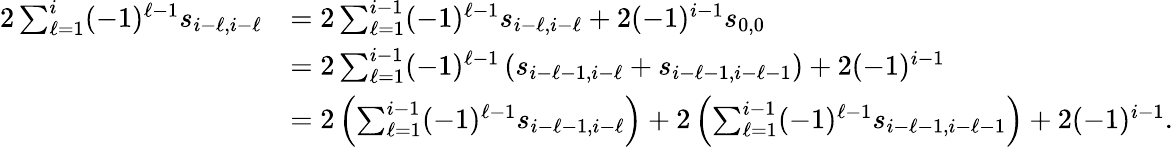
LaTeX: \begin{array}{rl}{2\sum_{\ell=1}^{i}(-1)^{\ell-1}s_{i-\ell,i-\ell}}&{=2\sum_{\ell=1}^{i-1}(-1)^{\ell-1}s_{i-\ell,i-\ell}+2(-1)^{i-1}s_{0,0}}\\ &{=2\sum_{\ell=1}^{i-1}(-1)^{\ell-1}\left(s_{i-\ell-1,i-\ell}+s_{i-\ell-1,i-\ell-1}\right)+2(-1)^{i-1}}\\ &{=2\left(\sum_{\ell=1}^{i-1}(-1)^{\ell-1}s_{i-\ell-1,i-\ell}\right)+2\left(\sum_{\ell=1}^{i-1}(-1)^{\ell-1}s_{i-\ell-1,i-\ell-1}\right)+2(-1)^{i-1}.}\end{array}